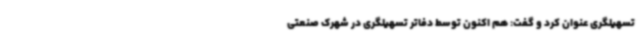
تسهیلگری عنوان کرد و گفت: هم اکنون توسط دفاتر تسهیلگری در شهرک صنعتی